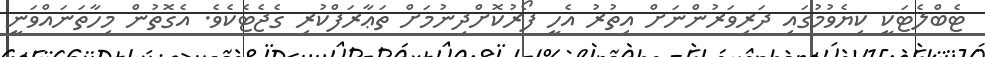
ޓެބްލެޓަކީ ކިޔެވުމުގައި ދަރިވަރުންނަށް އިތުރު އެހީ ފޯރުކޮށްދިނުމަށް ތަޢާރަފްކުރި ގެޖެޓެކެވެ. އެގޮތުން މިހާތަނައްވަނީ